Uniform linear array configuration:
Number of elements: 12
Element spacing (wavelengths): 0.5
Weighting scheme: hamming
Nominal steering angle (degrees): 15
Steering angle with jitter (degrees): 16.516
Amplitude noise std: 0.05
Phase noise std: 0.05

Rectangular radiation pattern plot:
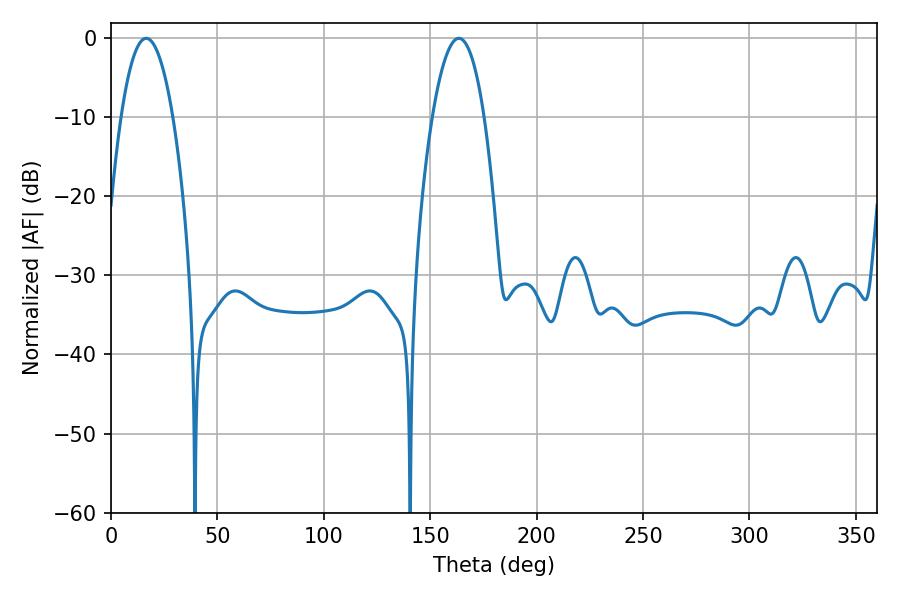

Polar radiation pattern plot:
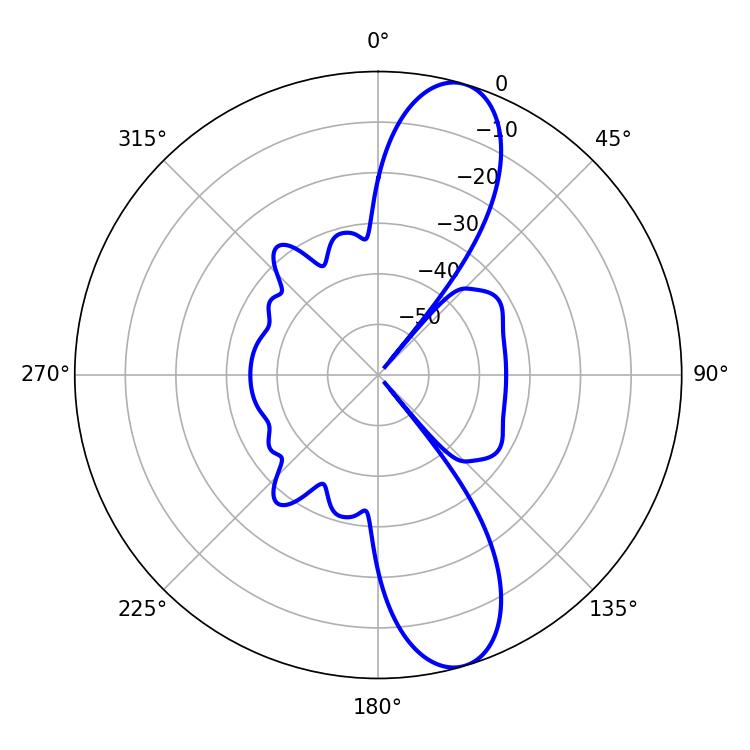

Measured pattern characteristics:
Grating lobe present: FALSE
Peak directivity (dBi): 11.437
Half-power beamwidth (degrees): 13.5
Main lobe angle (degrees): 16.56